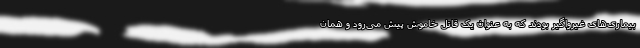
بیماری‌های غیرواگیر بودند که به عنوان یک قاتل خاموش پیش می‌رود و همان